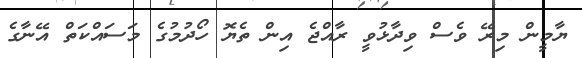
ޔާމީން މިރޭ ވެސް ވިދާޅުވީ ރާއްޖެ އިން ތެޔޮ ހޯދުމުގެ މަސައްކަތް އޭނާގެ